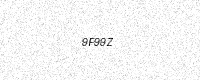
Text: 9F99Z